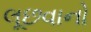
લૂછવાનો